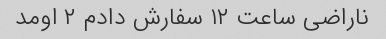
ناراضی ساعت ۱۲ سفارش دادم ۲ اومد